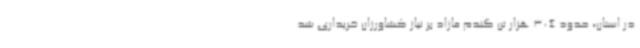
در استان، حدود 304 هزار تن گندم مازاد بر نیاز کشاورزان خریداری شد